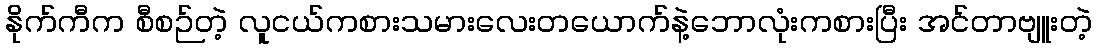
နိုက်ကီက စီစဉ်တဲ့ လူငယ်ကစားသမားလေးတယောက်နဲ့ဘောလုံးကစားပြီး အင်တာဗျူးတဲ့